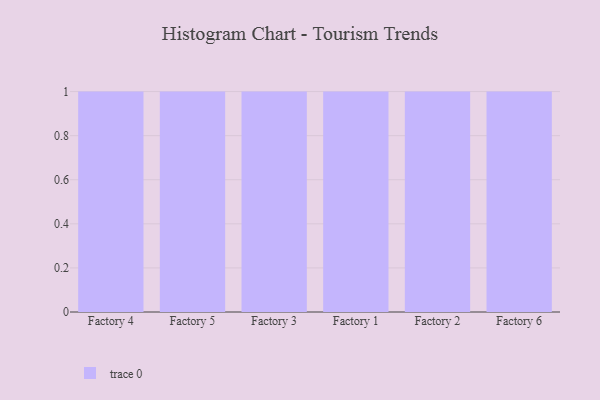
{"axis": {"x": "Factory", "y": "Tickets Resolved"}, "legend": [""], "data": [{"x": "Factory 4", "y": 63, "type": ""}, {"x": "Factory 5", "y": 27, "type": ""}, {"x": "Factory 3", "y": 40, "type": ""}, {"x": "Factory 1", "y": 19, "type": ""}, {"x": "Factory 2", "y": 55, "type": ""}, {"x": "Factory 6", "y": 31, "type": ""}]}